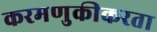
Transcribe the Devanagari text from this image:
करमणुकीकरता